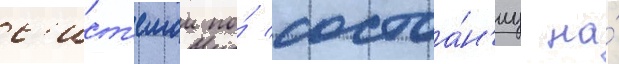
с'ист'емои по́ состоа́н'иу на́